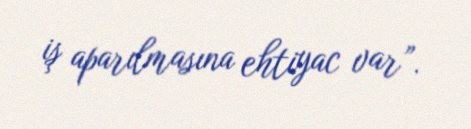
iş aparılmasına ehtiyac var”.